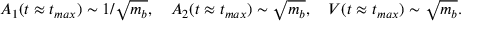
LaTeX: A _ { 1 } ( t \approx t _ { m a x } ) \sim 1 / \sqrt { m _ { b } } , \quad A _ { 2 } ( t \approx t _ { m a x } ) \sim \sqrt { m _ { b } } , \quad V ( t \approx t _ { m a x } ) \sim \sqrt { m _ { b } } .